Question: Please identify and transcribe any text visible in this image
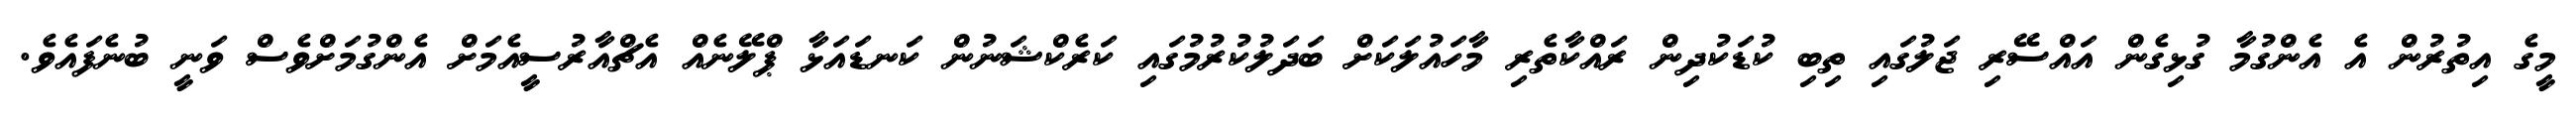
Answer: މީގެ އިތުރުން އެ އެންގުމާ ގުޅިގެން އައްސޭރި ޖަލުގައި ތިބި ކުޑަކުދިން ރައްކާތެރި މާހައުލަކަށް ބަދަލުކުރުމުގައި ކަރެކްޝަނުން ކަނޑައަޅާ ޕްލޭނެއް އެޗްއާރުސީއެމަށް އެންގުމަށްވެސް ވަނީ ބުނެފައެވެ.